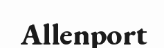
Allenport